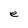
Character: e